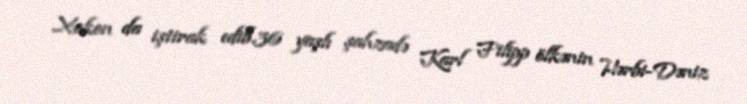
Xokon da iştirak edib.36 yaşlı şahzadə Karl Filipp ölkənin Hərbi-Dəniz